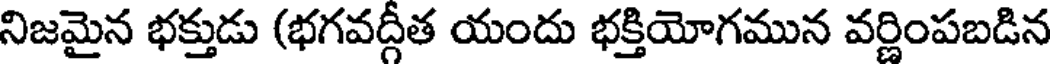
నిజమైన భక్తుడు (భగవద్గీత యందు భక్తియోగమున వర్ణింపబడిన